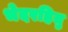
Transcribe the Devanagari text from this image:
भेदरहितु